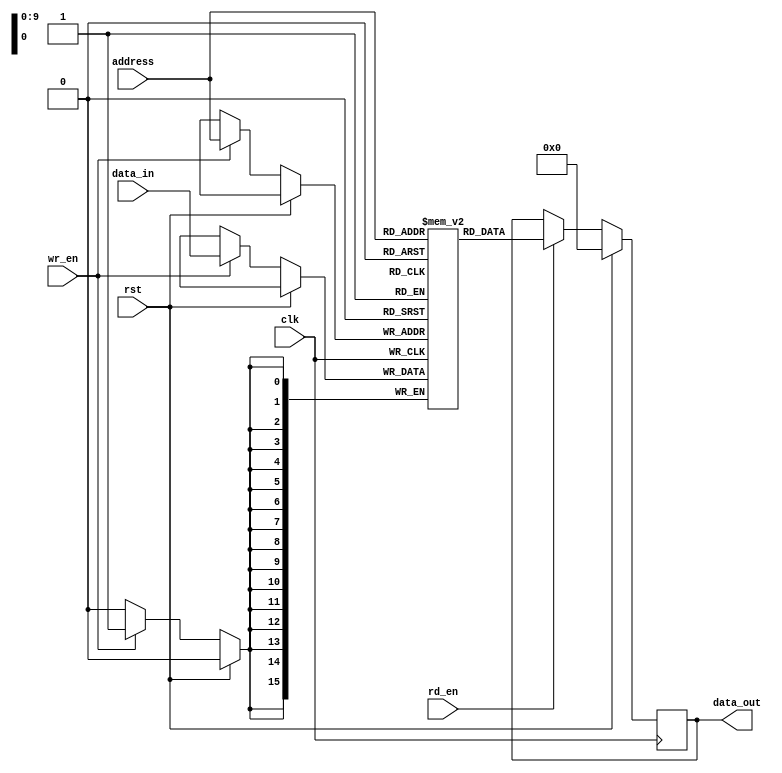
module SDRAM (
    input wire clk,
    input wire rst,
    input wire [ADDRESS_WIDTH-1:0] address,
    input wire [DATA_WIDTH-1:0] data_in,
    output reg [DATA_WIDTH-1:0] data_out,
    input wire wr_en,
    input wire rd_en
);

parameter ADDRESS_WIDTH = 10; // Set based on memory size
parameter DATA_WIDTH = 16; // Set based on data bus width

reg [DATA_WIDTH-1:0] memory [0:(2**ADDRESS_WIDTH)-1];

always @(posedge clk) begin
    if (rst) begin
        data_out <= 16'b0;
    end else begin
        if (wr_en) begin
            memory[address] <= data_in;
        end
        if (rd_en) begin
            data_out <= memory[address];
        end
    end
end

endmodule